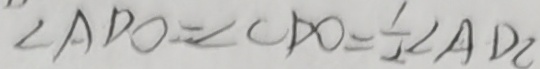
\angle A D O = \angle C D O = \frac { 1 } { 2 } \angle A D C